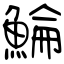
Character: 鯩